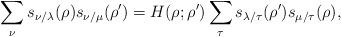
LaTeX: \begin{align*}\sum_{\nu} s_{\nu/\lambda}(\rho)s_{\nu/\mu}(\rho') = H(\rho ; \rho') \sum_{\tau} s_{\lambda/\tau}(\rho')s_{\mu/\tau}(\rho),\end{align*}